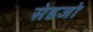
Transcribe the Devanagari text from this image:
सेडजो